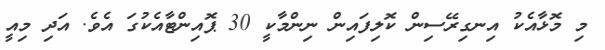
މި މޮޅާއެކު އިނގިރޭސިން ކޮލިފައިން ނިންމާކީ 30 ޕޮއިންޓާއެކުގަ އެވެ. އަދި މިއީ